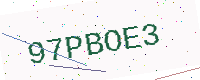
Text: 97PBOE3